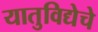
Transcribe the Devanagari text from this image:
यातुविद्येचे